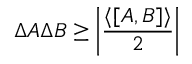
\Delta A \Delta B \geq \left| { \frac { \langle [ A , B ] \rangle } { 2 } } \right|